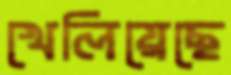
খেলিয়েছে